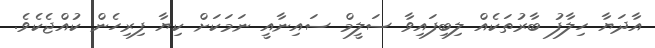
އާދަޔާ ހިލާފު ބާރުތަކެއް ލިބިފައިވާ ސަލީމް ސައިނާއީ ނަމަކަށް ކިޔާ ފިރިހެން ކުއްޖެކެވެ.